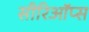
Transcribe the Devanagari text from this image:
सीरिऑप्स